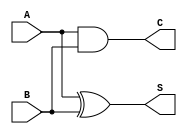
module ha(
    output S,C,
  input A,B
    );
 xor(S,A,B);
 and(C,A,B);
 
endmodule